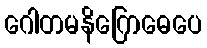
ဂေါတမနိဂြောဓေပေ